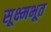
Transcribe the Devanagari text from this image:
सूक्ष्मभूत